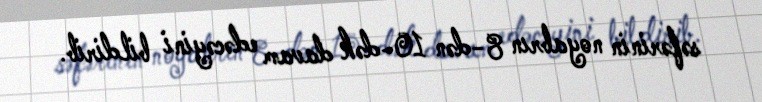
səfərinin noyabrın 8-dən 10-dək davam edəcəyini bildirib.